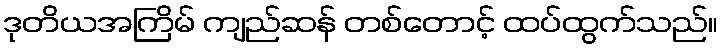
ဒုတိယအကြိမ် ကျည်ဆန် တစ်တောင့် ထပ်ထွက်သည်။